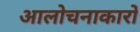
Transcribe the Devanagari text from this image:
आलोचनाकारों